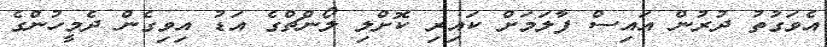
އެވަގުތު ދުރުން އައިސް ފާލަމަށް ކައިރި ކޮށްލި ލޯންޗްގެ އަޑު އިވިގެން ދެމީހުންގެ